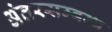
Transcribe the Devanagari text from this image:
अंतरसम्बन्ध